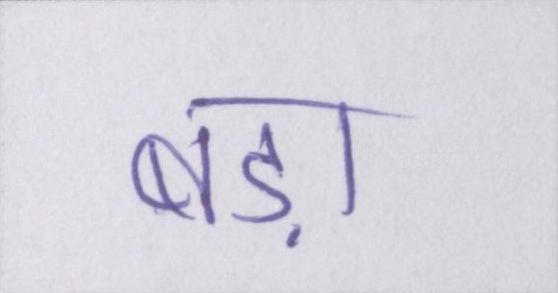
बड़ा